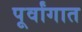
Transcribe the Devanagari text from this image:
पूर्वांगात